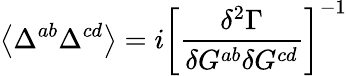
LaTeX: \left\langle\Delta^{ab}\Delta^{cd}\right\rangle=i\left[\frac{\delta^{2}\Gamma}{\delta G^{ab}\delta G^{cd}}\right]^{-1}